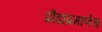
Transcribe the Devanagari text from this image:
प्रौढाप्रमाणेच